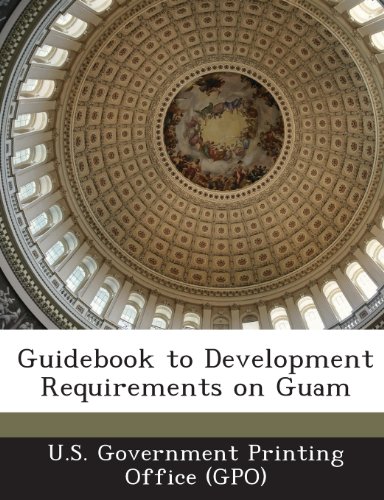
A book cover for Guidebook to Development Requirements on Guam; Travel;